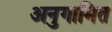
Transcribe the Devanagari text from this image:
अनुगामित